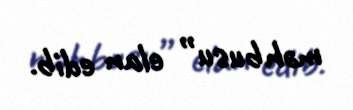
məhbusu” elan edib.